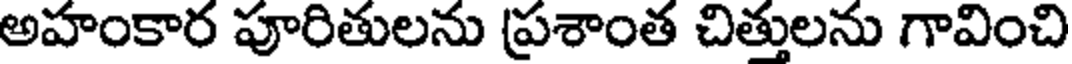
అహంకార పూరితులను ప్రశాంత చిత్తులను గావించి